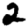
Digit: 2